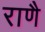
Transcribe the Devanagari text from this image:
राणै